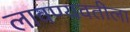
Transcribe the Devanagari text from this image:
लावण्यवतीला